Annual statistical returns and brief notes on vaccination in Bengal - 1909-1929
Year: 1909
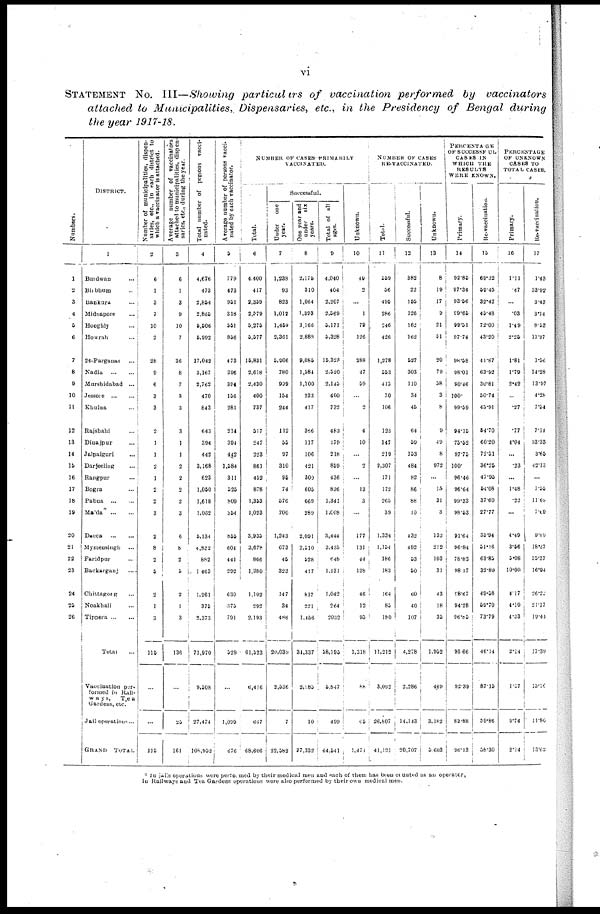
vi
STATEMENT No. III—Showing particulars of vaccination performed by vaccinators
attached to Municipalities, Dispensaries, etc., in the Presidency of Bengal during
the year 1917-18.
Numbers.
1
2
3
4
6
6
7
8
9
10
11
12
13
14
15
16
17
18
19
20
21
22
23
24
25
26
DISTRICT.
1
Burdwan...
Birbhum...
Bankura...
Midnapore...
Hooghly...
Howrah...
24-Parganas...
Nadia...
Murshidabad...
Jessore
...
...
Khulna...
Rajshahi...
Dinajpur...
Jalpaiguri...
Darjeeling...
Rangpur...
Bogra...
Pabna...
Malda...
Dacca...
Mymensingh...
Faridpur...
Backarganj...
Chittagong...
Noakhali...
Tippera...
Total
Vaccination par-
formed in Rail-
ways,
Tea
Gardens, etc.
Jail operations...
GRAND TOTAL
Number of municipalities, dispen-
saries, etc., in each district to
which a vaccinator is attached.
2
6
1
3
7
10
2
28
9
6
3
3
2
1
1
2
1
2
2
3
2
8
2
5
2
1
3
115
...
...
115
Average number of vaccinators
attached to municipalities, dispen-
saries, etc., during the year.
3
6
1
3
9
10
7
36
8
7
3
3
3
1
1
2
2
2
2
3
6
8
2
5
2
1
3
136
...
25
161
Total number of persons vacci-
nated.
4
4,676
473
2,854
2,865
5,606
5,992
17,042
3,167
2,762
470
843
643
394
442
3,168
623
1,050
1,618
1,062
5,134
4,822
882
1,463
1,261
375
2,373
71,970
9,508
27,474
108,932
Average number of persons vacci-
nated by each vaccinator.
5
779
473
951
318
551
856
473
396
394
156
281
214
394
442
1,584
311
525
809
354
855
604
441
292
630
375
791
529
...
1,099
676
NUMBER OF CASES PRIMARILY
VACCINATED.
Total.
6
4,400
417
2,359
2,579
5,275
5,577
15,831
2,618
2,430
400
737
517
247
223
861
452
878
1,353
1,023
3,935
3,678
866
1,280
1,102
292
2,193
61,523
6,416
667
68,606
Successful.
Under
one
year.
7
1,233
93
823
1,012
1,460
2,361
5,906
780
939
154
244
112
55
97
310
95
74
576
700
1,243
673
45
323
147
34
486
20,039
2,536
7
22,582
One year and
under
six
years.
8
2,175
310
1,064
1,393
3,166
2,888
9,085
1,584
1,100
233
417
366
117
106
421
309
605
669
289
2,091
2,510
528
417
817
221
1,456
34,337
2,983
10
97,332
Total of all
ages.
9
4,040
404
2,207
2,569
5,171
5,328
15,323
2,520
2,145
400
732
483
179
218
859
436
836
1,341
1,008
3,444
3,435
648
1,131
1,042
264
2,032
58,195
5,847
499
64,541
Unknown.
10
49
2
...
1
79
126
288
47
59
...
2
4
10
...
2
...
13
3
...
177
131
44
128
46
12
95
1,318
88
65
1,471
NUMBER OF CASES
RE-VACCINATED.
Total.
11
559
56
495
286
246
426
1,278
553
413
70
106
123
147
219
2,307
171
172
265
39
1,334
1,154
186
183
164
85
180
11,212
3,092
26,807
41,121
Successful.
12
382
22
155
126
162
162
527
303
110
34
45
64
59
153
484
82
86
88
10
432
482
53
50
60
40
107
4,278
2,286
14,143
20,707
Unknown.
13
8
19
17
9
21
51
20
79
58
3
8
9
49
8
972
...
15
31
3
132
212
103
31
43
18
35
1,952
469
3,182
5,603
PERCENTAGE
OF SUCCESSFUL
CASES IN
WHICH THE
RESULTS
WERE KNOWN.
Primary.
14
92.85
97.34
93.56
99.66
99.51
97.74
98.58
98.01
90.46
100.
99.59
94.15
75.52
97.75
100.
96.46
96.64
99.33
98.53
91.64
96.84
78.83
98.17
98.67
94.28
96.05
96.66
92.39
82.88
96.13
Re-vaccination.
15
69.32
59.45
32.42
45.48
72.00
43.20
41.87
63.92
30.81
50.74
43.91
54.70
60.20
72.51
36.25
47.95
54.08
37.60
27.77
35.94
51.16
63.85
32.89
49.58
59.70
73.79
46.14
87.15
59.86
58.30
PERCENTAGE
OF UNKNOWN
CASES TO
TOTAL CASES.
Primary.
16
1.11
.47
...
.03
1.49
2.26
1.81
1.79
2.42
...
.27
.77
4.04
...
.23
...
1.48
.22
...
4.49
3.56
5.08
10.00
4.17
4.10
4.33
2.14
1.37
8.74
2.14
Re-vaccination.
17
1.43
33.92
3.43
3.14
8.53
11.97
1.36
14.28
13.97
4.28
7.34
7.14
33.33
3.65
42.13
...
7.55
11.69
7.00
9.89
18.87
55.37
16.94
26.22
20.17
18.44
17.39
13.16
11.80
13.60
* In jails operations
were performed by their medical men and each of them has been counted as an operator,
In Railways and Tea Gardens operations were also performed by their own medical men.